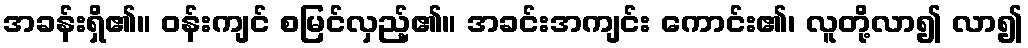
အခန်းရှိ၏။ ဝန်းကျင် စမြင်လှည့်၏။ အခင်းအကျင်း ကောင်း၏၊ လူတို့လာ၍ လာ၍